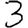
Digit: 3